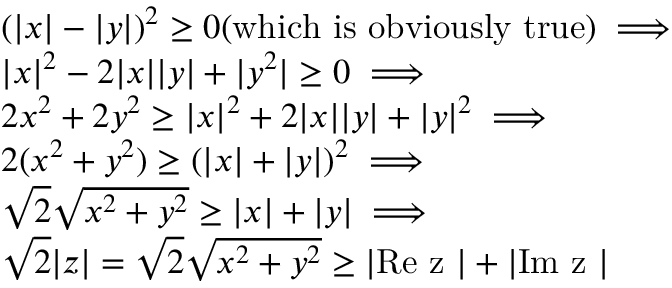
\begin{array} { r l } & { \left( \lvert x \rvert - \lvert y \rvert \right) ^ { 2 } \geq 0 \mathrm { ( w h i c h ~ i s ~ o b v i o u s l y ~ t r u e ) } \implies } \\ & { \lvert x \rvert ^ { 2 } - 2 \lvert x \rvert \lvert y \rvert + | y ^ { 2 } | \geq 0 \implies } \\ & { 2 x ^ { 2 } + 2 y ^ { 2 } \geq \lvert x \rvert ^ { 2 } + 2 \lvert x \rvert \lvert y \rvert + \lvert y \rvert ^ { 2 } \implies } \\ & { 2 ( x ^ { 2 } + y ^ { 2 } ) \geq \left( \lvert x \rvert + \lvert y \rvert \right) ^ { 2 } \implies } \\ & { \sqrt { 2 } \sqrt { x ^ { 2 } + y ^ { 2 } } \geq \lvert x \rvert + \lvert y \rvert \implies } \\ & { \sqrt { 2 } \lvert z \rvert = \sqrt { 2 } \sqrt { x ^ { 2 } + y ^ { 2 } } \geq \lvert \mathrm { R e ~ z ~ } \rvert + \lvert \mathrm { I m ~ z ~ } \rvert } \end{array}